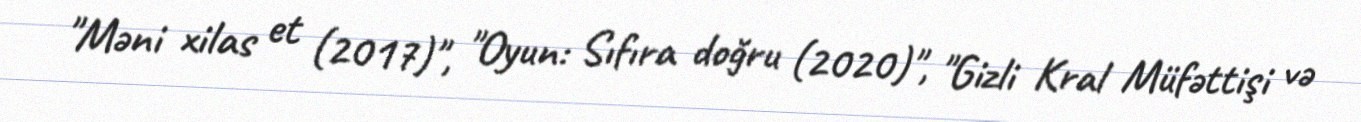
"Məni xilas et (2017)", "Oyun: Sıfıra doğru (2020)", "Gizli Kral Müfəttişi və